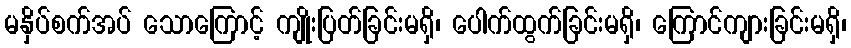
မနှိပ်စက်အပ် သောကြောင့် ကျိုးပြတ်ခြင်းမရှိ၊ ပေါက်ထွက်ခြင်းမရှိ၊ ကြောင်ကျားခြင်းမရှိ၊